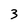
Character: 3